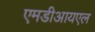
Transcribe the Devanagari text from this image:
एमडीआयएल